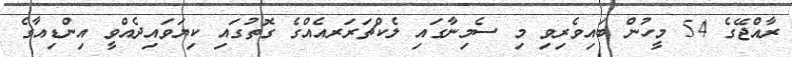
ރާއްޖޭގެ 54 މީހުން ބައިވެރިވި މި ސެމިނާގައި ލެކްޗަރަރއެއްގެ ގޮތުގައި ކިޔަވައިދެއްވީ އިންޑިއާގެ